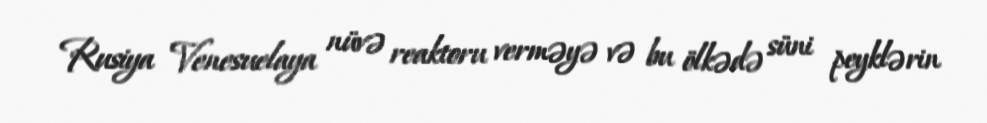
Rusiya Venesuelaya nüvə reaktoru verməyə və bu ölkədə süni peyklərin